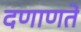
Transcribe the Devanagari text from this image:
दणाणते